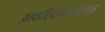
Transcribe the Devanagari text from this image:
आक्टीइलग्लुकोसाइड